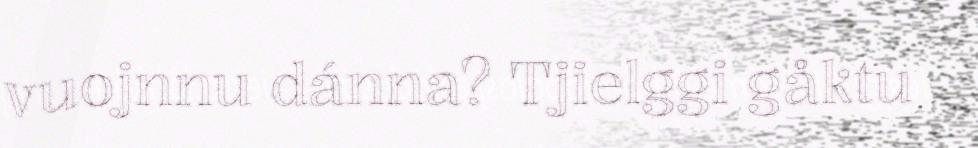
vuojnnu dánna? Tjielggi gåktu